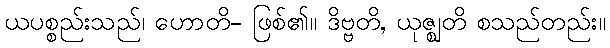
ယပစ္စည်းသည်၊ ဟောတိ- ဖြစ်၏။ ဒိဗ္ဗတိ, ယုဇ္ဈတိ စသည်တည်း။